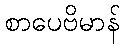
စာပေဗိမာန်